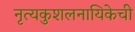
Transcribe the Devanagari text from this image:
नृत्यकुशलनायिकेची